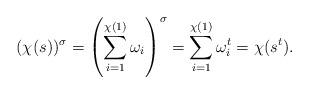
LaTeX: \begin{align*}(\chi(s))^\sigma=\left(\sum_{i=1}^{\chi(1)}\omega_i\right)^\sigma=\sum_{i=1}^{\chi(1)}\omega_i^t=\chi(s^t).\end{align*}